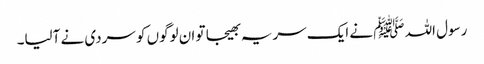
رسول اللہ ﷺ نے ایک سریہ بھیجا تو ان لوگوں کو سردی نے آلیا۔